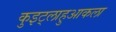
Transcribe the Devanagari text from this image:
कुइट्लाहुआकला